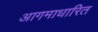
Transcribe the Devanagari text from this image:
आगमाधारित